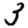
Digit: 3